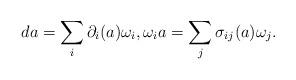
LaTeX: \begin{align*}d a = \sum_i \partial_i(a) \omega_i, \omega_i a = \sum_j \sigma_{ij}(a)\omega_j.\end{align*}